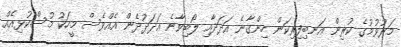
މަރުވުމުގެ ކުރިން އަނބިފިރިކަން ހިންގާނެ އަދަދާއި ލޯބިވާނެ އަދަދުދެން އެއްވެސް މީހަކު މުސްކުޅިއެއް